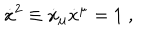
\dot { x } ^ { 2 } \equiv \dot { x } _ { \mu } \dot { x } ^ { \mu } = 1 \; ,